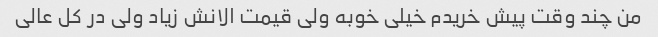
من چند وقت پیش خریدم خیلی خوبه ولی قیمت الانش زیاد ولی در کل عالی